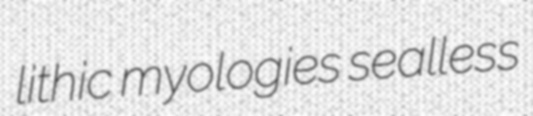
lithic myologies sealless